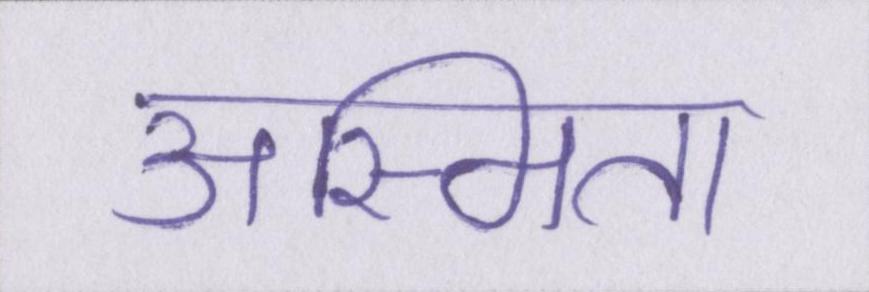
अस्मिता